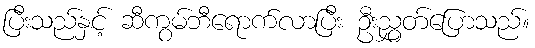
ပြီးသည်နှင့် ဆီကွမ်ဘီရောက်လာပြီး ဦးညွှတ်ပြောသည်။